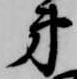
弟